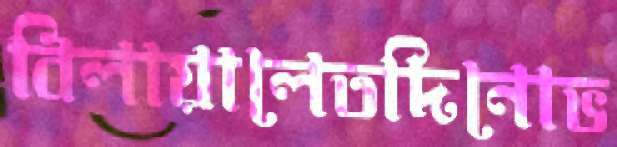
বিলায়ালেতদিনোভ